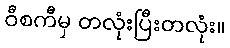
ဝီစကီမှ တလုံးပြီးတလုံး။